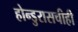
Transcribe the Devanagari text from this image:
होन्डुरासचीही